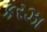
કરઝા